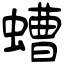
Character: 螬